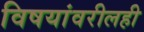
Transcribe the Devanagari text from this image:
विषयांवरीलही